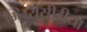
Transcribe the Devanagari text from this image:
ग्लिरीसीडीया